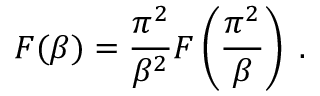
F ( \beta ) = \frac { \pi ^ { 2 } } { \beta ^ { 2 } } F \left( \frac { \pi ^ { 2 } } { \beta } \right) \; .